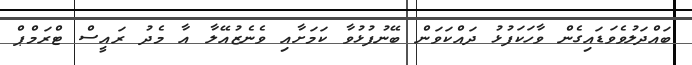
ބައްދަލުވެވަޑައިގެން ވާހަކަފުޅު ދައްކަވަން ބޭނުފުޅުވާ ކަމަށާއި ވެނެޒުއޭލާ އާ މެދު ރައީސް ޓްރަމްޕް